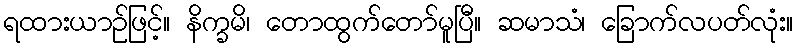
ရထားယာဉ်ဖြင့်။ နိက္ခမိ၊ တောထွက်တော်မူပြီ။ ဆမာသံ၊ ခြောက်လပတ်လုံး။